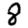
Digit: 8